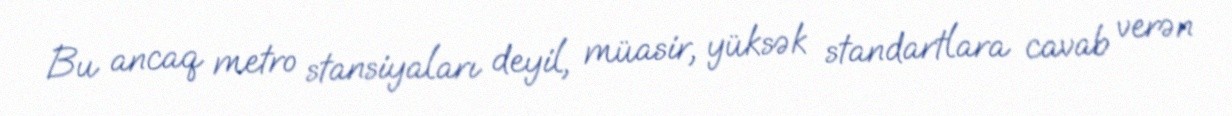
Bu ancaq metro stansiyaları deyil, müasir, yüksək standartlara cavab verən